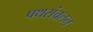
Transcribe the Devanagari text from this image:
पथसंचलन